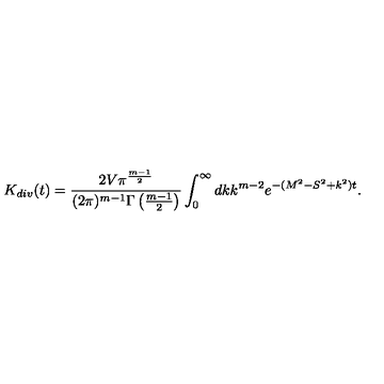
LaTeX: K _ { d i v } ( t ) = \frac { 2 V \pi ^ { \frac { m - 1 } { 2 } } } { ( 2 \pi ) ^ { m - 1 } \Gamma \left( \frac { m - 1 } { 2 } \right) } \int _ { 0 } ^ { \infty } d k k ^ { m - 2 } e ^ { - ( M ^ { 2 } - S ^ { 2 } + k ^ { 2 } ) t } .